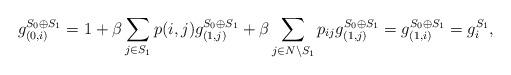
LaTeX: \begin{align*}g^{S_0 \oplus S_1}_{(0, i)} & = 1 + \beta \sum_{j \in S_1} p({i, j})g^{S_0 \oplus S_1}_{(1, j)} + \beta \sum_{j \in N \setminus S_1} p_{ij}g^{S_0 \oplus S_1}_{(1, j)} = g^{S_0 \oplus S_1}_{(1, i)} = g^{S_1}_i,\end{align*}